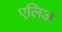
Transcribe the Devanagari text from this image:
एलिअ